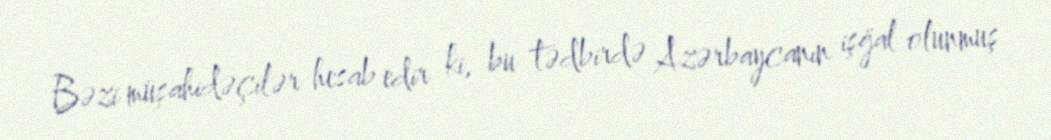
Bəzi müşahidəçilər hesab edir ki, bu tədbirdə Azərbaycanın işğal olunmuş